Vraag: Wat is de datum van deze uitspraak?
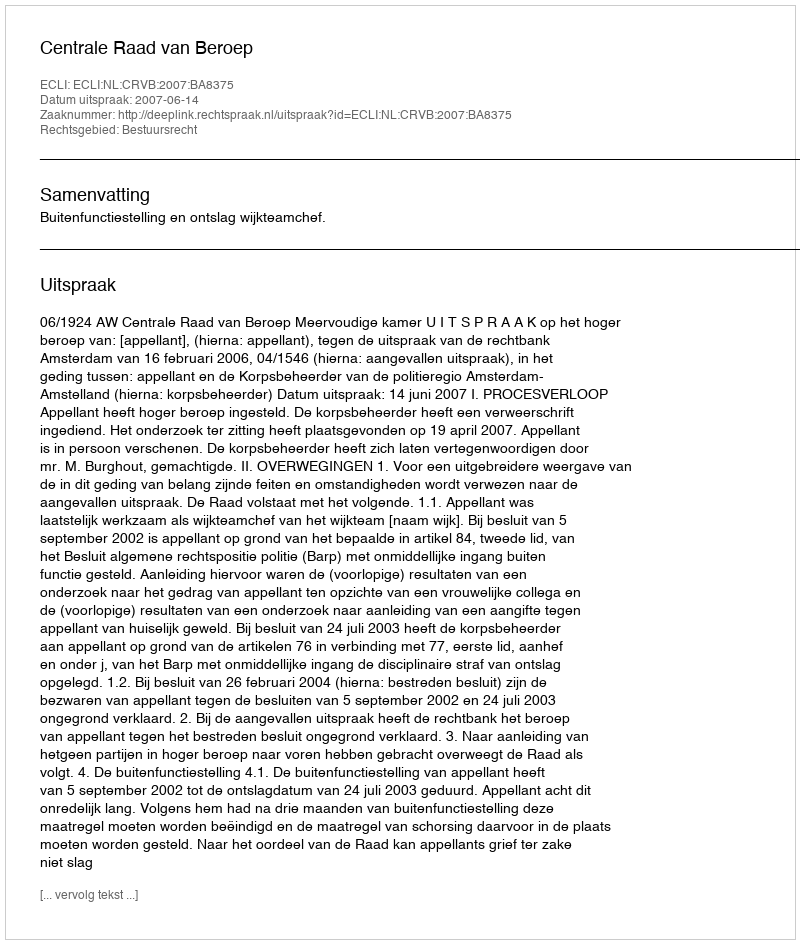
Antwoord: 2007-06-14